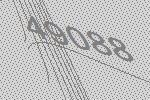
49088